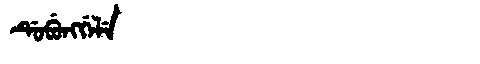
Manchu: ᡩᡠᠪᡠᠩᡤᡝᠯᡝ
Romanization: DUBUNGGELE